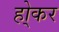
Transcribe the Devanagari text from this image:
हो्कर